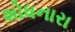
શોધનારા